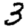
Digit: 3